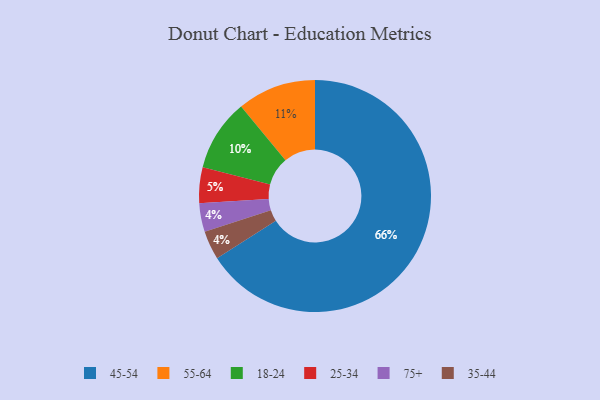
{"axis": {"x": "Category", "y": "Percentage"}, "legend": ["18-24", "25-34", "35-44", "45-54", "55-64", "75+"], "data": [{"x": "75+", "y": 4, "type": "75+"}, {"x": "55-64", "y": 11, "type": "55-64"}, {"x": "45-54", "y": 66, "type": "45-54"}, {"x": "35-44", "y": 4, "type": "35-44"}, {"x": "18-24", "y": 10, "type": "18-24"}, {"x": "25-34", "y": 5, "type": "25-34"}]}